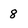
Character: 8